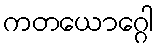
ကတယောဂ္ဂေါ